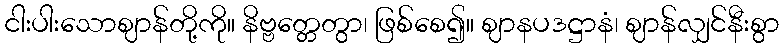
ငါးပါးသောဈာန်တို့ကို။ နိဗ္ဗတ္တေတွာ၊ ဖြစ်စေ၍။ ဈာနပဒဋ္ဌာနံ၊ ဈာန်လျှင်နီးစွာ